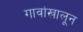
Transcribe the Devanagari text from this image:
गावांखालून